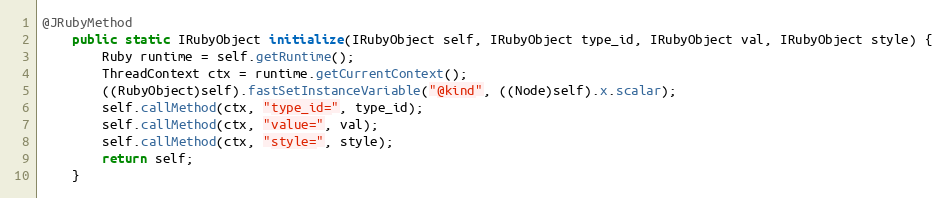
Language: Java
@JRubyMethod
    public static IRubyObject initialize(IRubyObject self, IRubyObject type_id, IRubyObject val, IRubyObject style) {
        Ruby runtime = self.getRuntime();
        ThreadContext ctx = runtime.getCurrentContext();
        ((RubyObject)self).fastSetInstanceVariable("@kind", ((Node)self).x.scalar);
        self.callMethod(ctx, "type_id=", type_id);
        self.callMethod(ctx, "value=", val);
        self.callMethod(ctx, "style=", style);
        return self;
    }